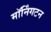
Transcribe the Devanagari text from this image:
मॉर्निंगटन